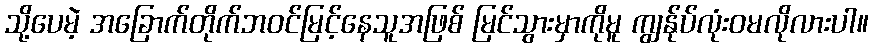
သို့ပေမဲ့ အခြောက်တိုက်ဘဝင်မြင့်နေသူအဖြစ် မြင်သွားမှာကိုမူ ကျွန်ုပ်လုံးဝမလိုလားပါ။